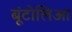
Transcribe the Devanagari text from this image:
बूंटोलिआ